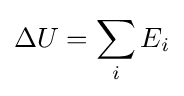
\Delta U=\sum _{i}E_{i}